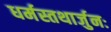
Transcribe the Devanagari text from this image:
धर्मस्तथार्जुनः